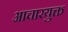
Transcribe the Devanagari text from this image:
आचारयुक्त